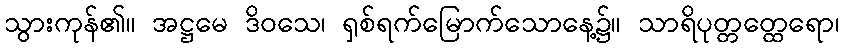
သွားကုန်၏။ အဋ္ဌမေ ဒိဝသေ၊ ရှစ်ရက်မြောက်သောနေ့၌။ သာရိပုတ္တတ္ထေရော၊